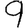
Digit: 9